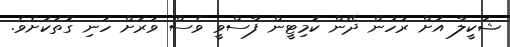
ޝަކީލާ އަށް ރުހުން ދޭން ކޮމިޓީން ފާސްވީ ވެސް ވަރަށް ހަނި ގޮތަކަށެވެ.